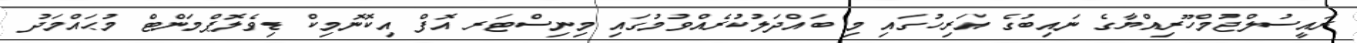
ރައީސުލްޖުމްހޫރިއްޔާގެ ނައިބުގެ އަރިހުގައި މި ބައްދަލުކުރެއްވުމުގައި މިނިސްޓަރ އޮފް އިކޮނޮމިކް ޑިވެލޮޕްމަންޓް މުޙައްމަދު